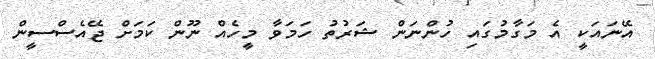
އޭނައަކީ އެ މަގާމުގައި ހުންނަން ޝަރުތު ހަމަވާ މީހެއް ނޫން ކަަމަށް ޖޭއެސްސީން